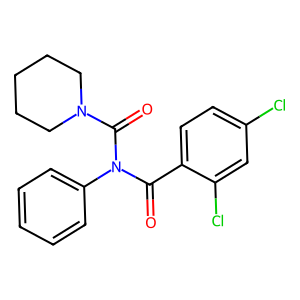
SMILES: O=C(c1ccc(Cl)cc1Cl)N(C(=O)N1CCCCC1)c1ccccc1
Inhibits HIV replication: No